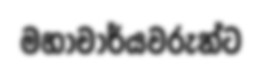
මහාචාර්යවරුන්ට